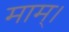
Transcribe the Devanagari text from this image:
माम्।